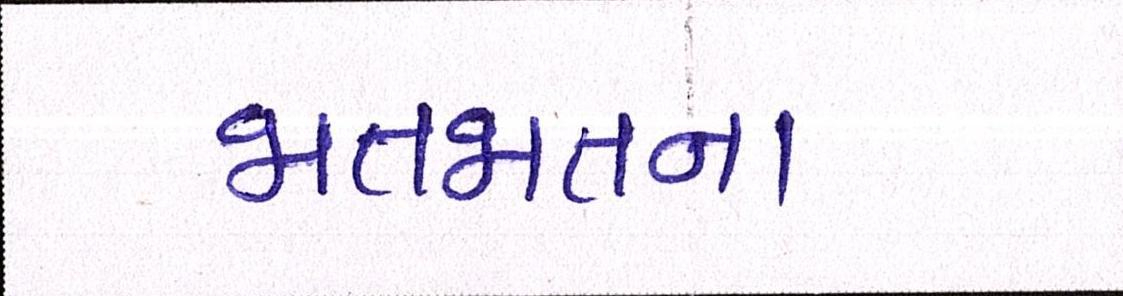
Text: જાતજાતના